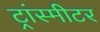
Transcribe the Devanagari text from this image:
ट्रांस्मीटर